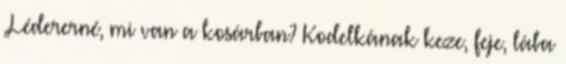
„Lédererné, mi van a kosárban? Kodelkának keze, feje, lába